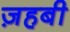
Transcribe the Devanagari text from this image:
ज़हबी